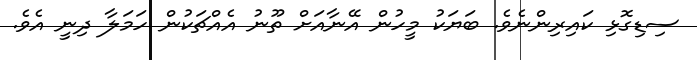
ސިޑިގޮޅި ކައިރިންނެވެ. ބަޔަކު މީހުން އޭނާއަށް ތޫނު އެއްޗަކުން ހަމަލާ ދިނީ އެވެ.